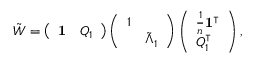
\begin{array} { r } { \tilde { W } = \left( \begin{array} { l l } { \mathbf { 1 } } & { Q _ { 1 } } \end{array} \right) \left( \begin{array} { l l } { 1 } & \\ & { \tilde { \Lambda } _ { 1 } } \end{array} \right) \left( \begin{array} { l } { \frac { 1 } { n } \mathbf { 1 } ^ { \intercal } } \\ { Q _ { 1 } ^ { \intercal } } \end{array} \right) , } \end{array}